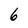
Character: 6